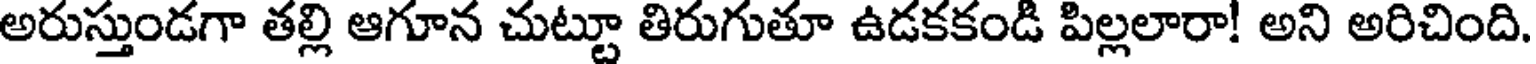
అరుస్తుండగా తల్లి ఆగూన చుట్టూ తిరుగుతూ ఉడకకండి పిల్లలారా! అని అరిచింది